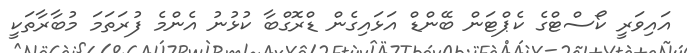
އައިވަރީ ކޯސްޓްގެ ކެޕްޓަން ބޭންޑް އަޅައިގެން ޑްރޮގްބާ ކުޅުނު އެންމެ ފުރަތަމަ މުބާރާތަކީ